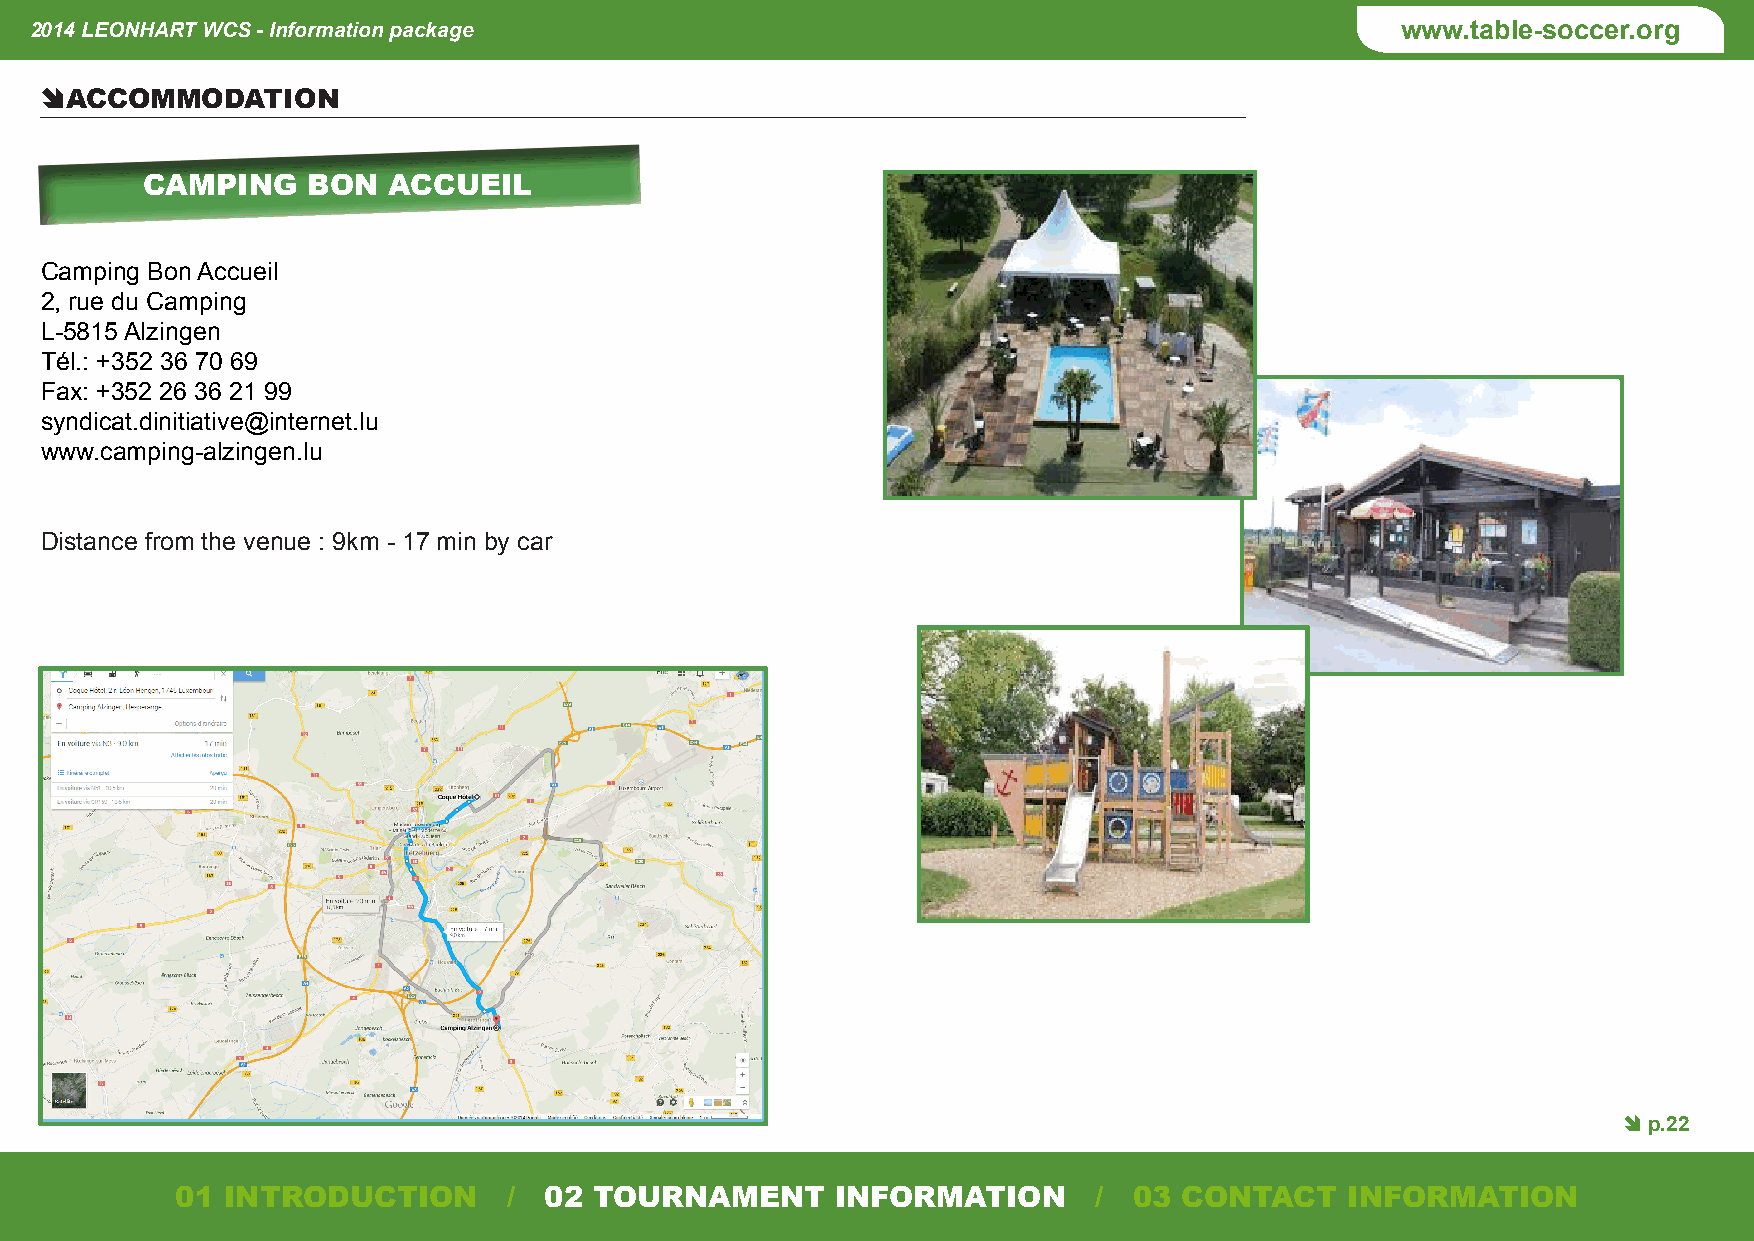
2014 LEONHART WCS - Information package                                                    www.table-soccer.org
 Ê ACCOMMODATION
 CAMPING    BON   ACCUEIL
 Camping Bon Accueil
 2, rue du Camping
 L-5815 Alzingen
 Tél.: +352 36 70 69
 Fax: +352 26 36 21 99
 syndicat.dinitiative@internet.lu
 www.camping-alzingen.lu
 Distance from the venue : 9km - 17 min by car
 Ê p.22
 01 INTRODUCTION       / 02 TOURNAMENT      INFORMATION       / 03 CONTACT    INFORMATION